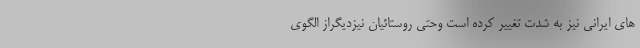
های ایرانی نیز به شدت تغییر کرده است وحتی روستائیان نیزدیگراز الگوی